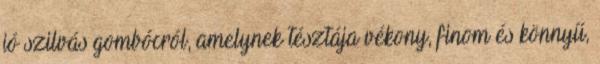
jó szilvás gombócról, amelynek tésztája vékony, finom és könnyű,